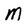
Character: M